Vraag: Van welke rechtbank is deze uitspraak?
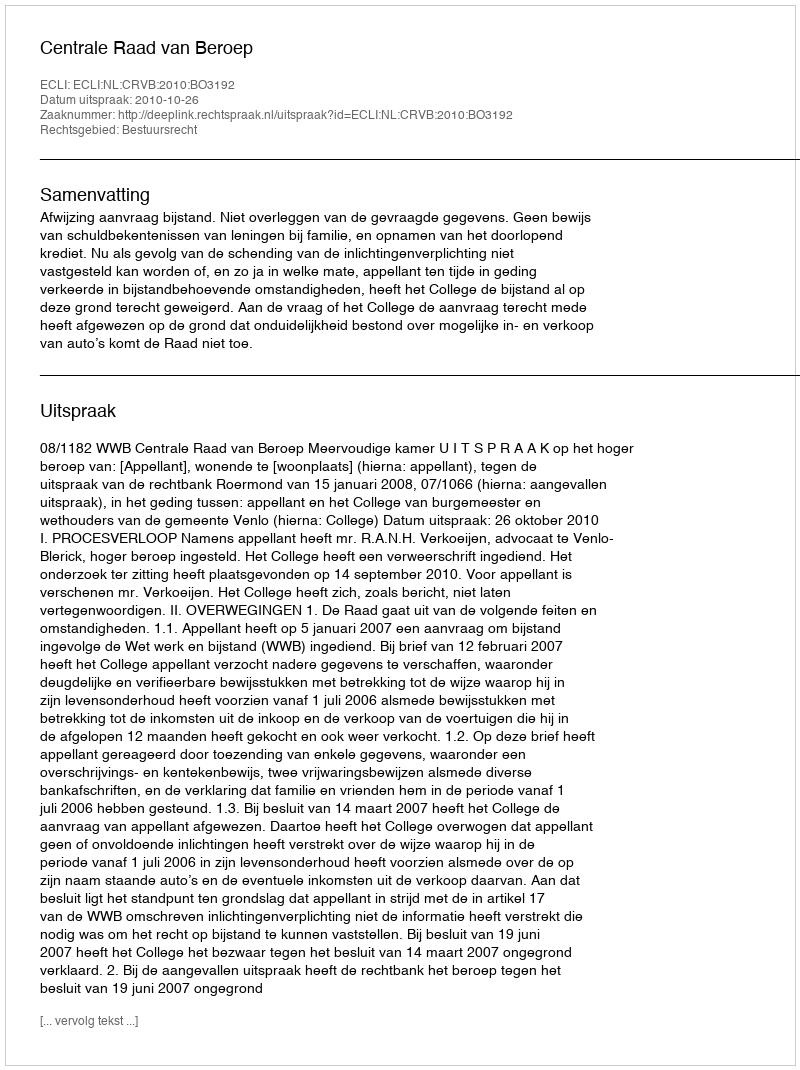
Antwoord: Centrale Raad van Beroep